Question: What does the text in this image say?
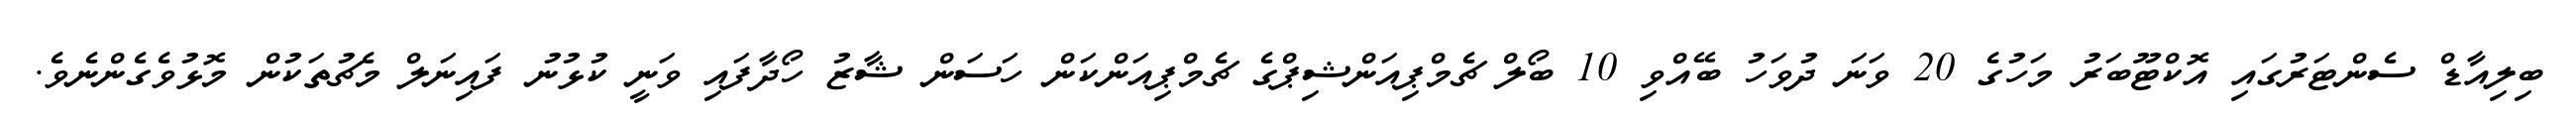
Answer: ބިލިއާޑް ސެންޓަރުގައި އޮކްޓޫބަރު މަހުގެ 20 ވަނަ ދުވަހު ބޭއްވި 10 ބޯލް ޗެމްޕިއަންޝިޕްގެ ޗެމްޕިއަންކަން ހަސަން ޝާޒު ހޯދާފައި ވަނީ ކުޅުނު ފައިނަލް މެޗުތަކުން މޮޅުވެގެންނެވެ.